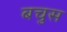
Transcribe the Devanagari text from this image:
बचुस